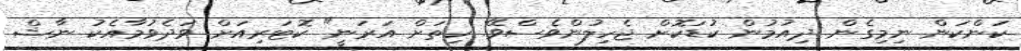
ކަންކަން ނިމިގެން ދިއުމުން ކުޑަކޮށް ޖެހިލުންވެސްވޭ. ހިތަށް އަރަނީ" ކޮޓަރިއަށް ވަދެވުމާއެކު ނާޝް